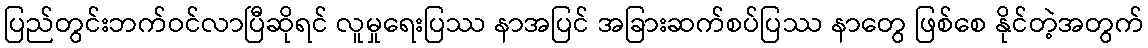
ပြည်တွင်းဘက်ဝင်လာပြီဆိုရင် လူမှုရေးပြဿ နာအပြင် အခြားဆက်စပ်ပြဿ နာတွေ ဖြစ်စေ နိုင်တဲ့အတွက်